Vaccine operations Central Provinces & Berar 1922-1929 - 1922-1929
Year: 1922
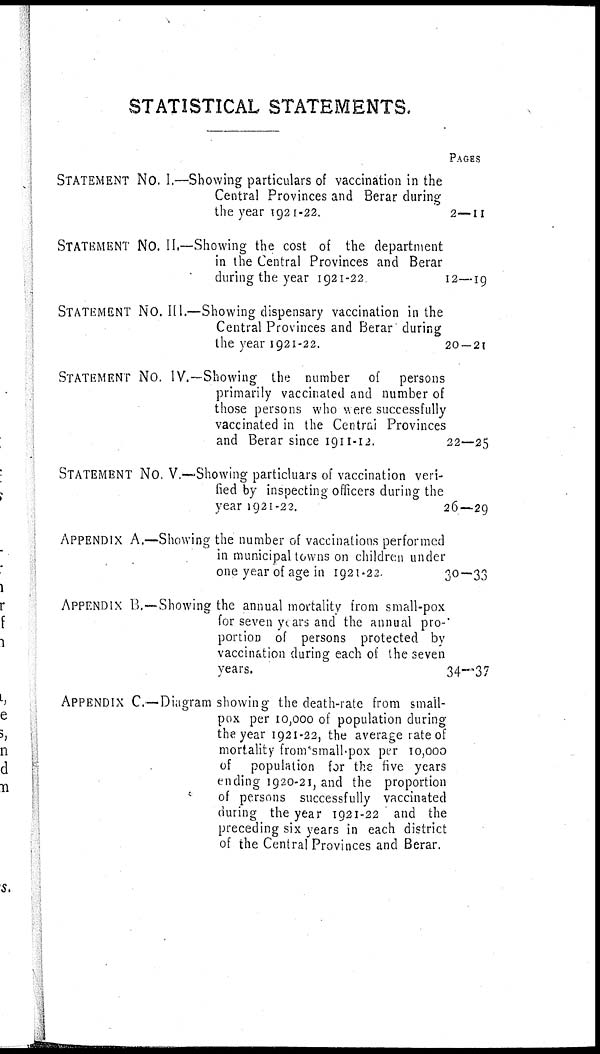
STATISTICAL STATEMENTS.
STATEMENT No. I.—Showing particulars of vaccination in the
Central Provinces and Berar during
the year 1921-22.
STATEMENT No. II.—Showing the cost of the department
in the Central Provinces and Berar
during the year 1921-22
STATEMENT NO. III.—Showing dispensary vaccination in the
Central Provinces and Berar during
the year 1921-22.
STATEMENT No. IV.—Showing the number of persons
primarily vaccinated and number of
those persons who were successfully
vaccinated in the Centra] Provinces
and Berar since 1911-12.
STATEMENT No. V.—Showing particluars of vaccination veri-
fied by inspecting officers during the
year 1921-22.
APPENDIX A.—Showing the number of vaccinations performed
in municipal towns on children under
one year of age in 1921.22
;
APPENDIX B.—Showing the annual mortality from small-pox
for seven years and the annual pro-
portion of persons protected by
vaccination during each of the seven
years.
APPENDIX C.—Diagram showing the death-rate from small-
pox per 10,000 of population during
the year 1921-22, the average rate of
mortality from small-pox per 10,000
of population for the five years
ending 1920-21, and the proportion
of persons successfully vaccinated
during the year 1921-22 and the
preceding six years in each district
of the Central Provinces and Berar.
PAGES
2—11
12—19
20 — 21
22—25
26—29
30—33
34—37